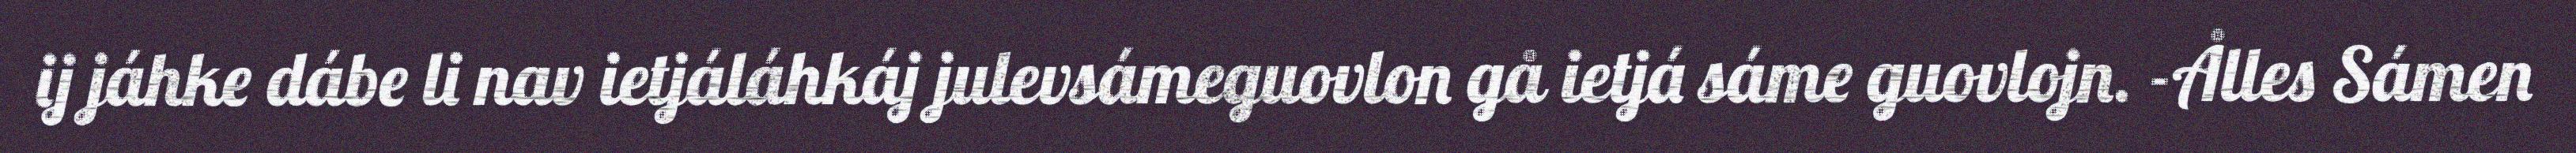
ij jáhke dábe li nav ietjáláhkáj julevsámeguovlon gå ietjá sáme guovlojn. -Ålles Sámen